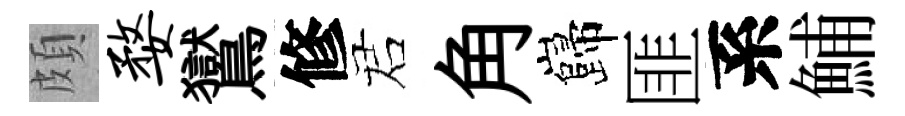
頗婺鸑修诺角巋匪系鯆